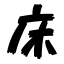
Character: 床